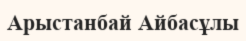
Арыстанбай Айбасұлы